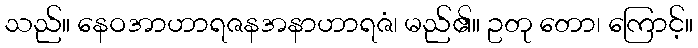
သည်။ နေဝအာဟာရဇနအနာဟာရဇံ၊ မည်၏။ ဥတု တော၊ ကြောင့်။